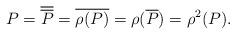
LaTeX: \begin{align*} P = \overline{\overline{P}} = \overline{\rho(P)} = \rho(\overline{P}) = \rho^2(P) . \end{align*}